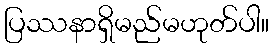
ပြဿနာရှိမည်မဟုတ်ပါ။